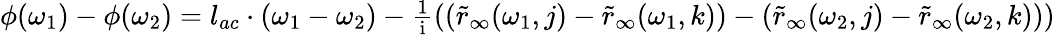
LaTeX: \begin{array}{r}{\phi(\omega_{1})-\phi(\omega_{2})=l_{ac}\cdot(\omega_{1}-\omega_{2})-\frac{1}{\mathrm{i}}\left((\tilde{r}_{\infty}(\omega_{1},j)-\tilde{r}_{\infty}(\omega_{1},k))-(\tilde{r}_{\infty}(\omega_{2},j)-\tilde{r}_{\infty}(\omega_{2},k))\right)}\end{array}